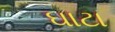
ઘાટા